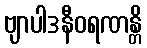
ဗျာပါဒနီဝရဏန္တိ